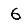
Digit: 6